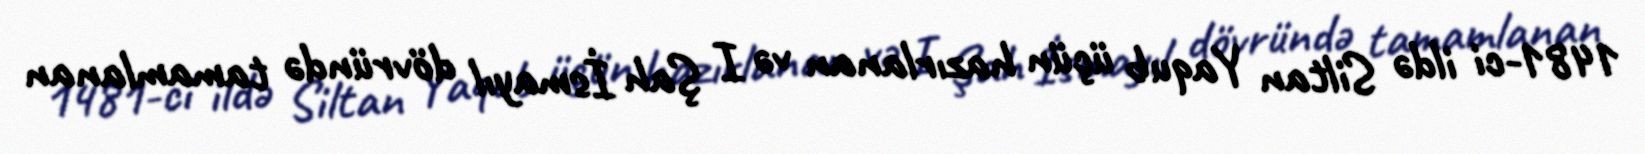
1481-ci ildə Siltan Yaqub üçün hazırlanan və I Şah İsmayıl dövründə tamamlanan